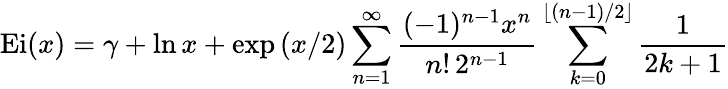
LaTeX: \mathrm{{Ei}}(x)=\gamma+\ln x+\exp{(x/2)}\sum_{n=1}^{\infty}{\frac{(-1)^{n-1}x^{n}}{n!\, 2^{n-1}}}\sum_{k=0}^{\lfloor(n-1)/2\rfloor}{\frac{1}{2k+1}}